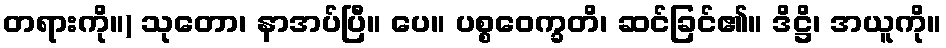
တရားကို။) သုတော၊ နာအပ်ပြီ။ ပေ။ ပစ္စဝေက္ခတိ၊ ဆင်ခြင်၏။ ဒိဋ္ဌိ၊ အယူကို။